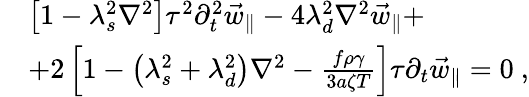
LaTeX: \begin{array}{rl}&{\left[1-\lambda_{s}^{2}\nabla^{2}\right]\tau^{2}\partial_{t}^{2}\vec{w}_{\parallel}-4\lambda_{d}^{2}\nabla^{2}\vec{w}_{\parallel}+}\\ &{+2\left[1-\left(\lambda_{s}^{2}+\lambda_{d}^{2}\right)\nabla^{2}-\frac{f\rho\gamma}{3a\zeta T}\right]\tau\partial_{t}\vec{w}_{\parallel}=0\ ,}\end{array}